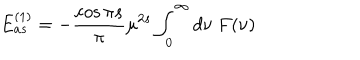
LaTeX: E _ { a s } ^ { ( 1 ) } = - { \frac { \cos { \pi s } } { \pi } } \mu ^ { 2 s } \int _ { 0 } ^ { \infty } d \nu \ F ( \nu )